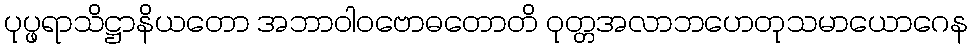
ပုပ္ဖရာသိဋ္ဌာနိယတော အဘာဝါဝဗောဓတောတိ ဝုတ္တအလာဘဟေတုသမာယောဂေန